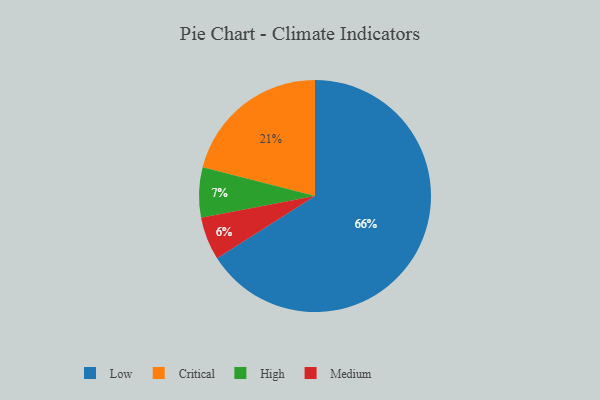
{"axis": {"x": "Category", "y": "Percentage"}, "legend": ["Critical", "High", "Low", "Medium"], "data": [{"x": "Critical", "y": 21, "type": "Critical"}, {"x": "Medium", "y": 6, "type": "Medium"}, {"x": "High", "y": 7, "type": "High"}, {"x": "Low", "y": 66, "type": "Low"}]}